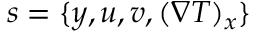
s = \{ y , u , v , ( \nabla T ) _ { x } \}